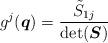
LaTeX: \begin{gather*} g^j(\boldsymbol{q})=\frac{ \tilde{S}_{1j}}{\det(\boldsymbol{S})}\end{gather*}